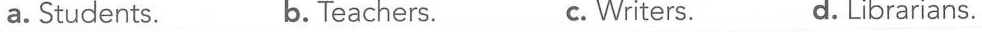
a. Students. b. Teachers. c. Writers. d. Librarians.